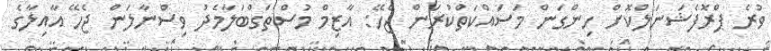
ވުރެ ޕްރޮފެޝަނަލްކޮށް ހިންގަން މަސައްކަތްކުރަން ޖެހޭ: އާޒިމް މުސްތަގްބަލާމެދު ވިސްނާލަން ޖެހޭ އާއިލާގެ